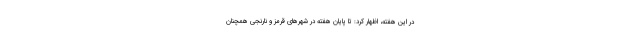
در این هفته، اظهار کرد: تا پایان هفته در شهرهای قرمز و نارنجی همچنان